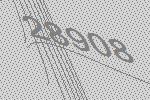
28908